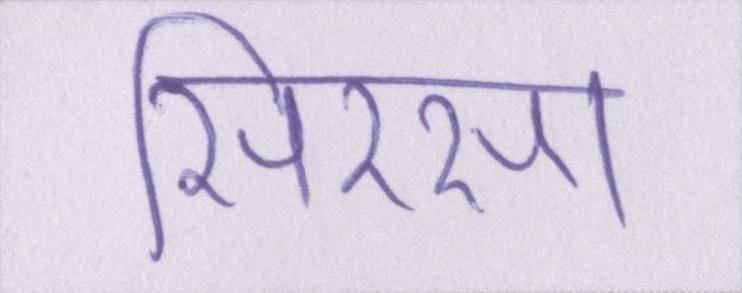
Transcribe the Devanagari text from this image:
सिरसा